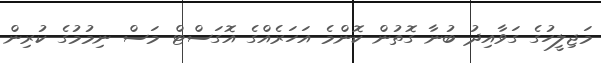
މަޖިލީހުގެ ގަވާއިދު ބުނާ ގޮތުން ކޮންމެ އަހަރެއްގެ އޮގަސްޓް މަސް ނިމުމުގެ ކުރިން